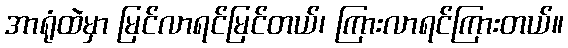
အာရုံထဲမှာ မြင်လာရင်မြင်တယ်၊ ကြားလာရင်ကြားတယ်။